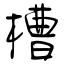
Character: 槽